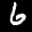
Label: 6